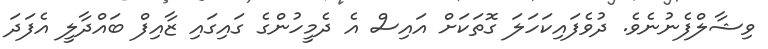
ވިޝާލްފެނުނެވެ. ދުވެފައިކަހަލަ ގޮތަކަށް އައިސް އެ ދެމީހުންގެ ގައިގައި ޒާއިފް ބައްދާލީ އެފަދަ